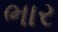
ભાર